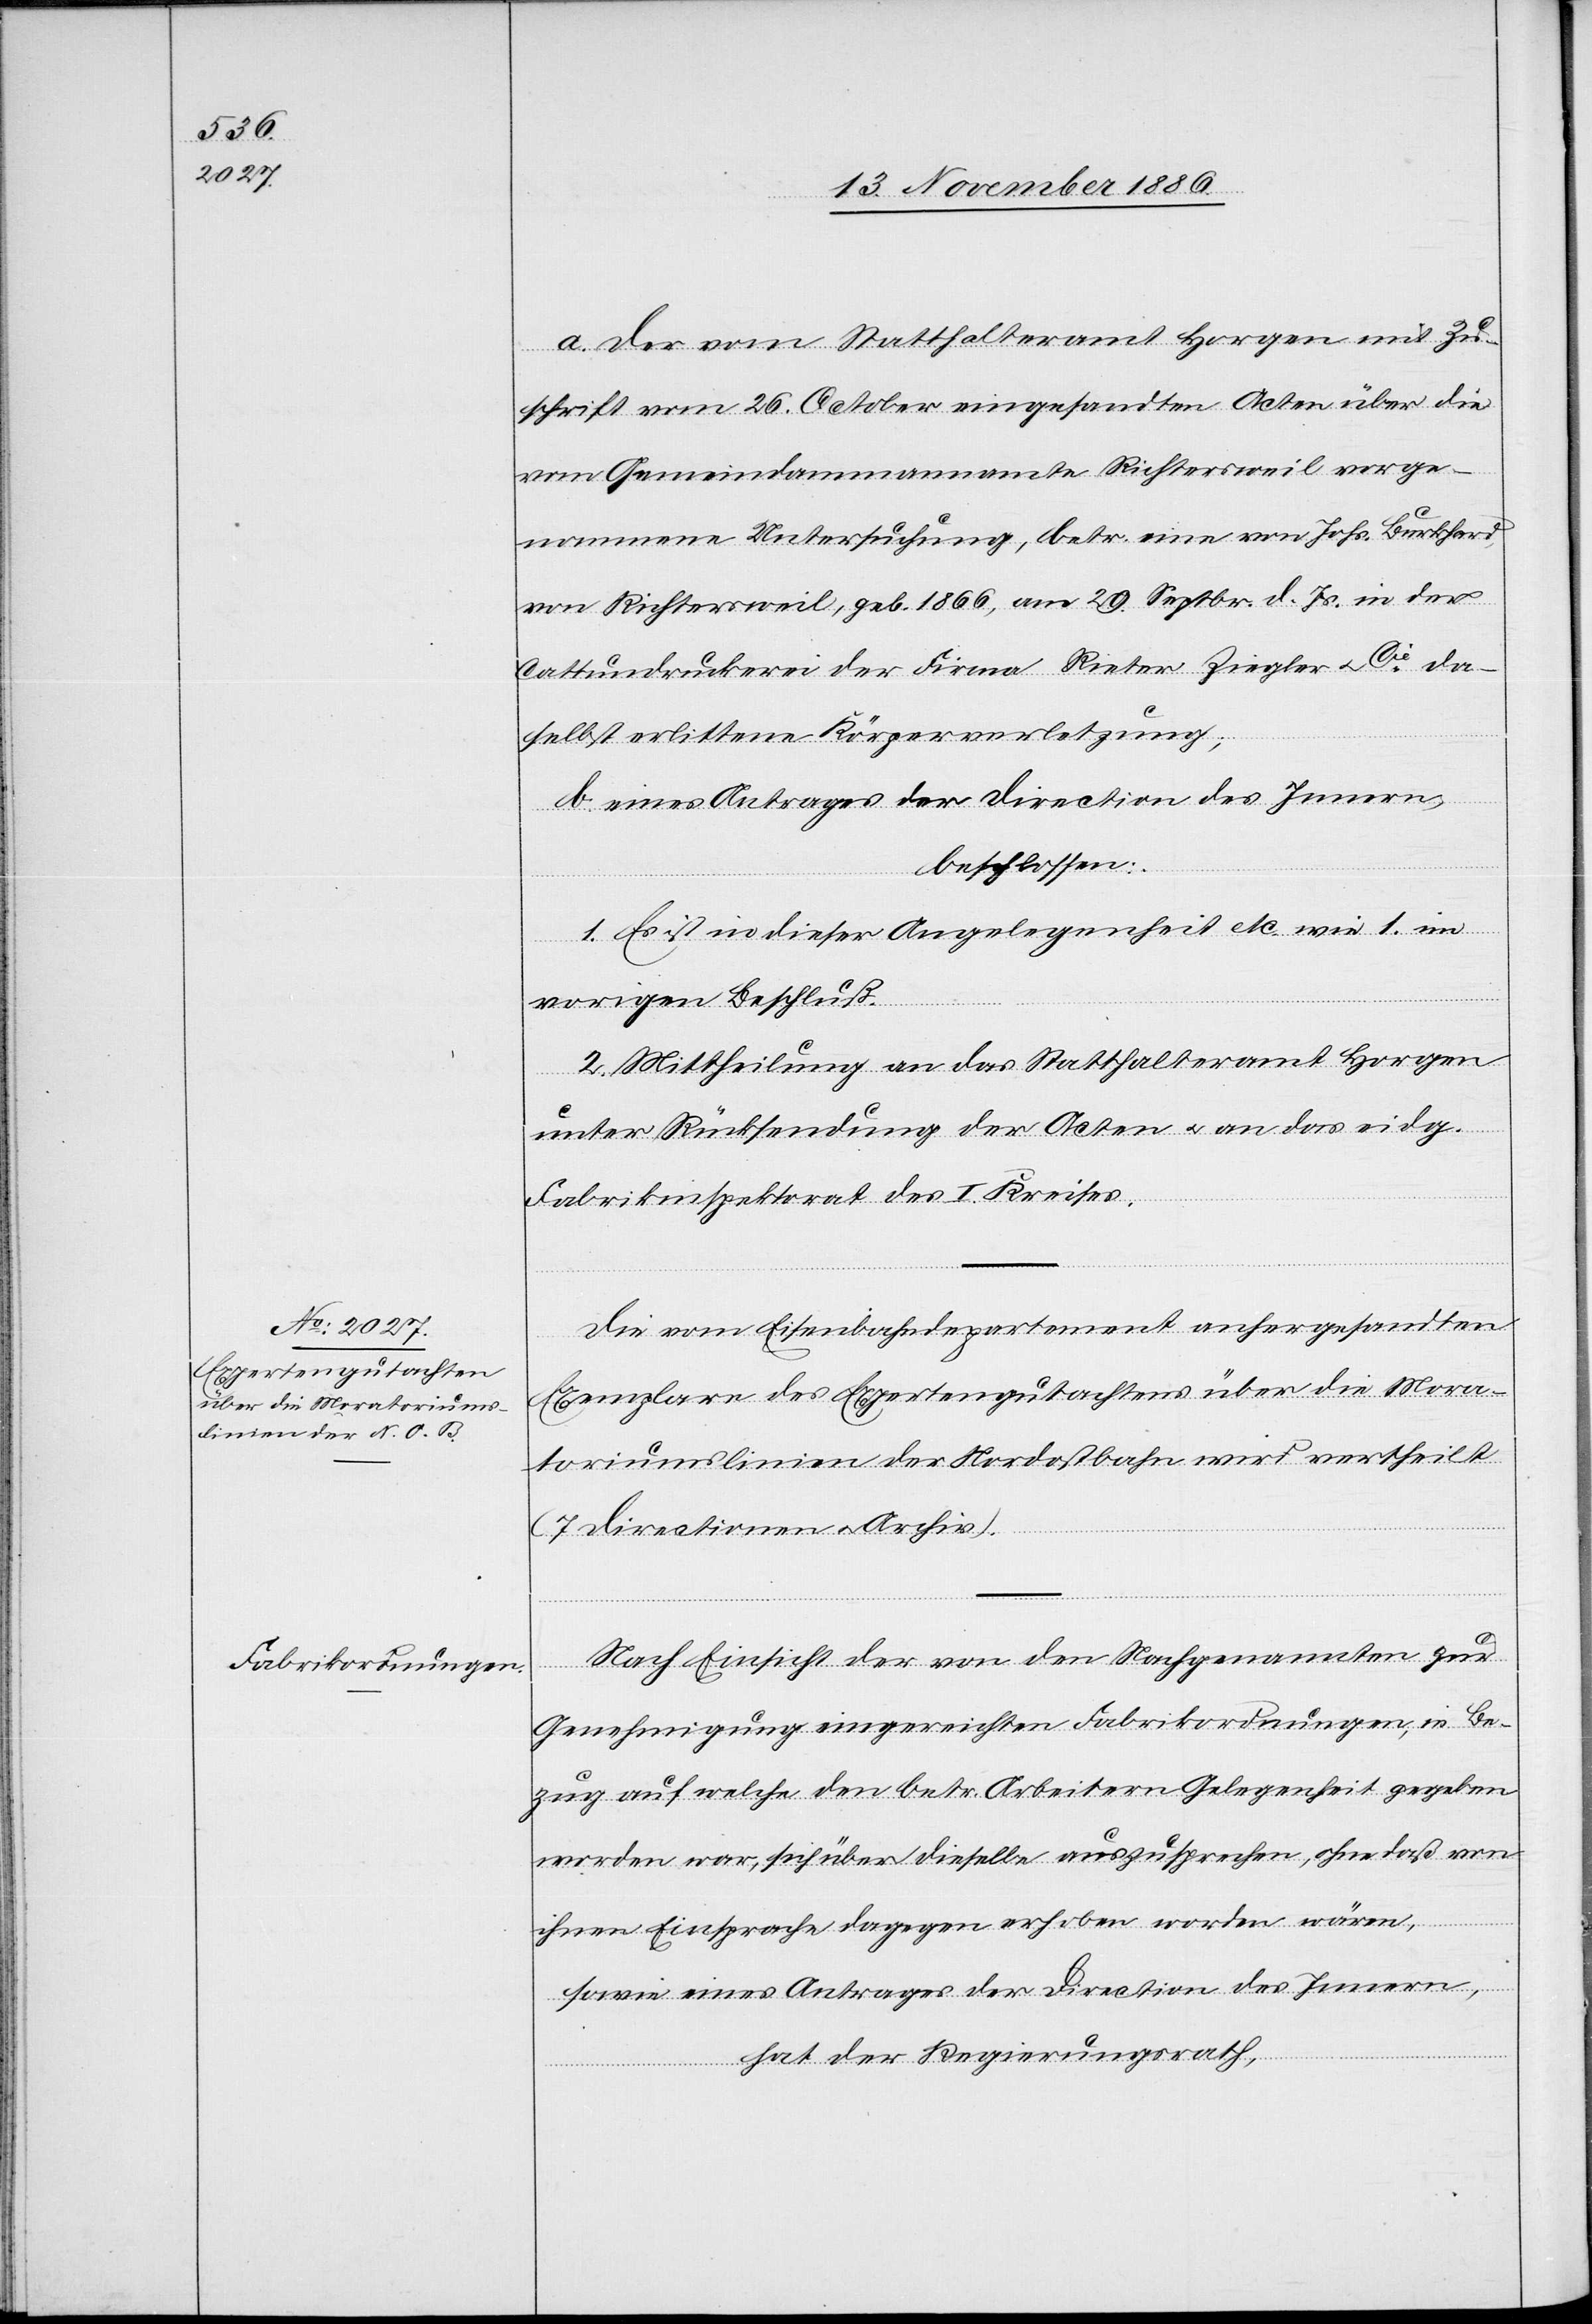
a. der vom Statthalteramt Horgen mit Zu¬
schrift vom 26. October eingesandten Acten über die
vom Gemeindammannamte Richtersweil vorge¬
nommene Untersuchung, betr. eine von Johs. Burkhard,
von Richtersweil, geb. 1866, am 29. Septbr. d. Js. in der
Cattundruckerei der Firma Rieter Ziegler & Cie da¬
selbst erlittene Körperverletzung;
b. eines Antrages der Direction des Innern,
beschlossen:
1. Es ist in dieser Angelegenheit etc. wie oben
vorigen Beschluß.
vertheilt
2. Mittheilung an das Statthalteramt Horgen
unter Rücksendung der Acten & an das eidg.
Fabrikinspektorat des I. Kreises.
Die vom Eisenbahndepartement anhergesandten
Exemplare des Expertengutachtens über die Mora¬
toriumslinien der Nordostbahn wird [recte:
(7 Directionen & Archiv).
Nach Einsicht der von den Nachgenannten zur
Genehmigung eingereichten Fabrikordnungen, in Be¬
zug auf welche den betr. Arbeitern Gelegenheit gegeben
worden war, sich über dieselbe auszusprechen, ohne daß von
ihnen Einsprache dagegen erhoben worden wären
sowie eines Antrages der Direction des Innern,
hat der Regierungsrath,